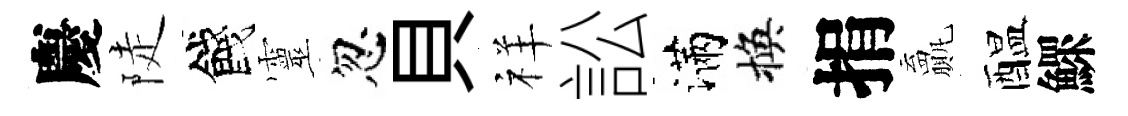
慶陡餞靈忽貝祥訟滿換捐贏醖鰥